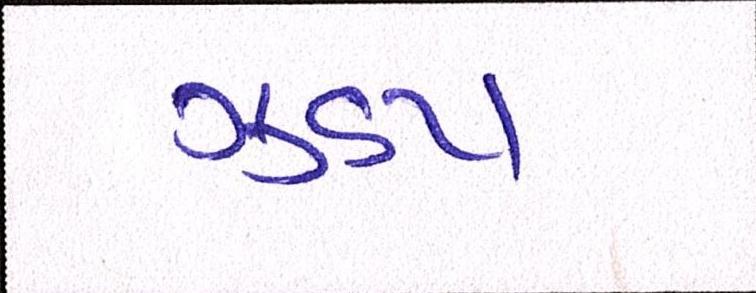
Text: ઝડપ